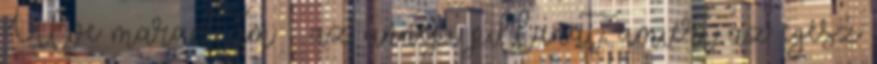
Ülve maradtam – az ünnepi pil­la­nat, ami­ért az egész